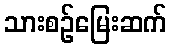
သားစဉ်မြေးဆက်